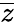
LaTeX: \overline{z}